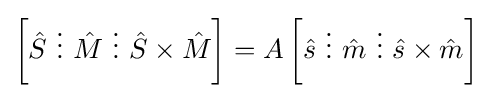
\left[{\hat {S}}~\vdots ~{\hat {M}}~\vdots ~{\hat {S}}\times {\hat {M}}\right]=A\left[{\hat {s}}~\vdots ~{\hat {m}}~\vdots ~{\hat {s}}\times {\hat {m}}\right]